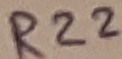
Text: R22